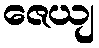
ဇေယျ